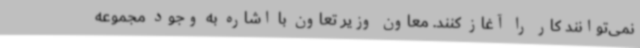
نمی‌توانند کار را آغاز کنند. معاون وزیر تعاون با اشاره به وجود مجموعه